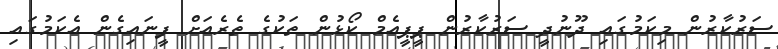
ސަރުކާރުން މިކަމުގައި ދޫނުދީ ސަރުކާރުން ޕީޕީއެމް ކޯޅުން ތަކުގެ ތެރެއަށް ފީނައިގެން އެކަމުގައި